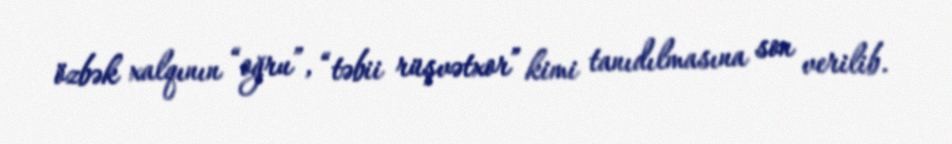
özbək xalqının “oğru”, “təbii rüşvətxor” kimi tanıdılmasına son verilib.